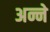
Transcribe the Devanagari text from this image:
अन्ने